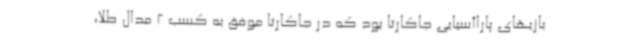
بازیهای پاراآسیایی جاکارتا بود که در جاکارتا موفق به کسب 2 مدال طلا،